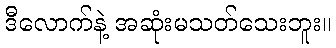
ဒီလောက်နဲ့ အဆုံးမသတ်သေးဘူး။